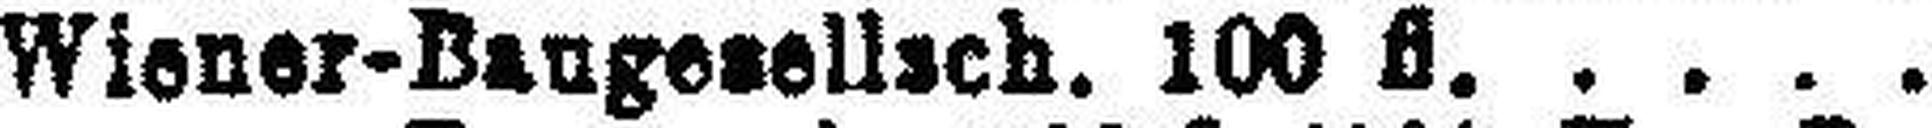
Wiener-Baugesellsch. 100 fl.